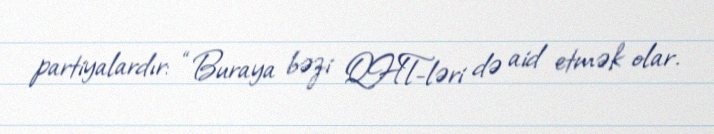
partiyalardır: “Buraya bəzi QHT-ləri də aid etmək olar.